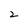
Character: z